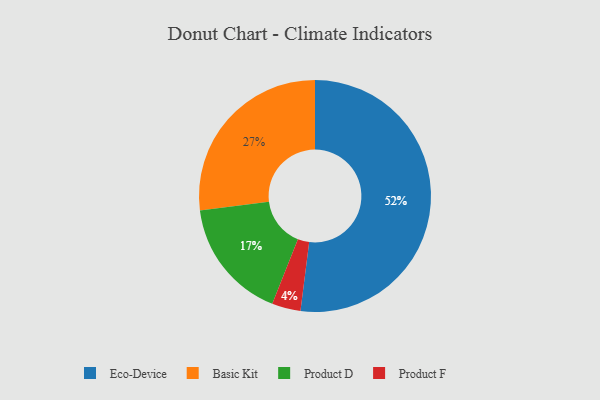
{"axis": {"x": "Category", "y": "Percentage"}, "legend": ["Basic Kit", "Eco-Device", "Product D", "Product F"], "data": [{"x": "Product F", "y": 4, "type": "Product F"}, {"x": "Product D", "y": 17, "type": "Product D"}, {"x": "Eco-Device", "y": 52, "type": "Eco-Device"}, {"x": "Basic Kit", "y": 27, "type": "Basic Kit"}]}